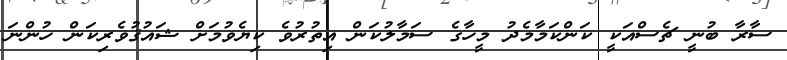
ސާރާ ބުނީ ޗެސްއަކީ ކަންކަމާމެދު މީހާގެ ސަމާލުކަން އިތުރުވެ ކިޔެވުމަށް ޝައުޤުވެރިކަން ހުންނަ